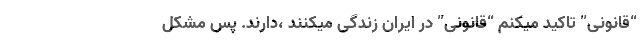
“قانونی” تاکید میکنم “قانونی” در ایران زندگی میکنند ،دارند. پس مشکل